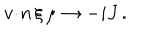
{ v \! \cdot \! n } \, \xi \, \mu \to - i J \, .